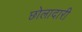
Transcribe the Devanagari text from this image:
छोलादारी